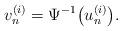
LaTeX: \begin{align*}v_n^{(i)} = \Psi^{-1} \big( u_n^{(i)} \big).\end{align*}